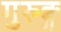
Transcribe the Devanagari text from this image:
गुरुङ्ग